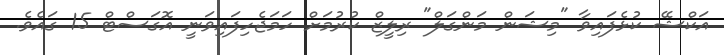
އަކްޝޭ ކުޅެފައިވާ "މިޝަން މަންގަލް" ރިލީޒް ކުރުމަށް ހަމަޖެހިފައިވަނީ އޮގަސްޓް 15 ގައެވެ.